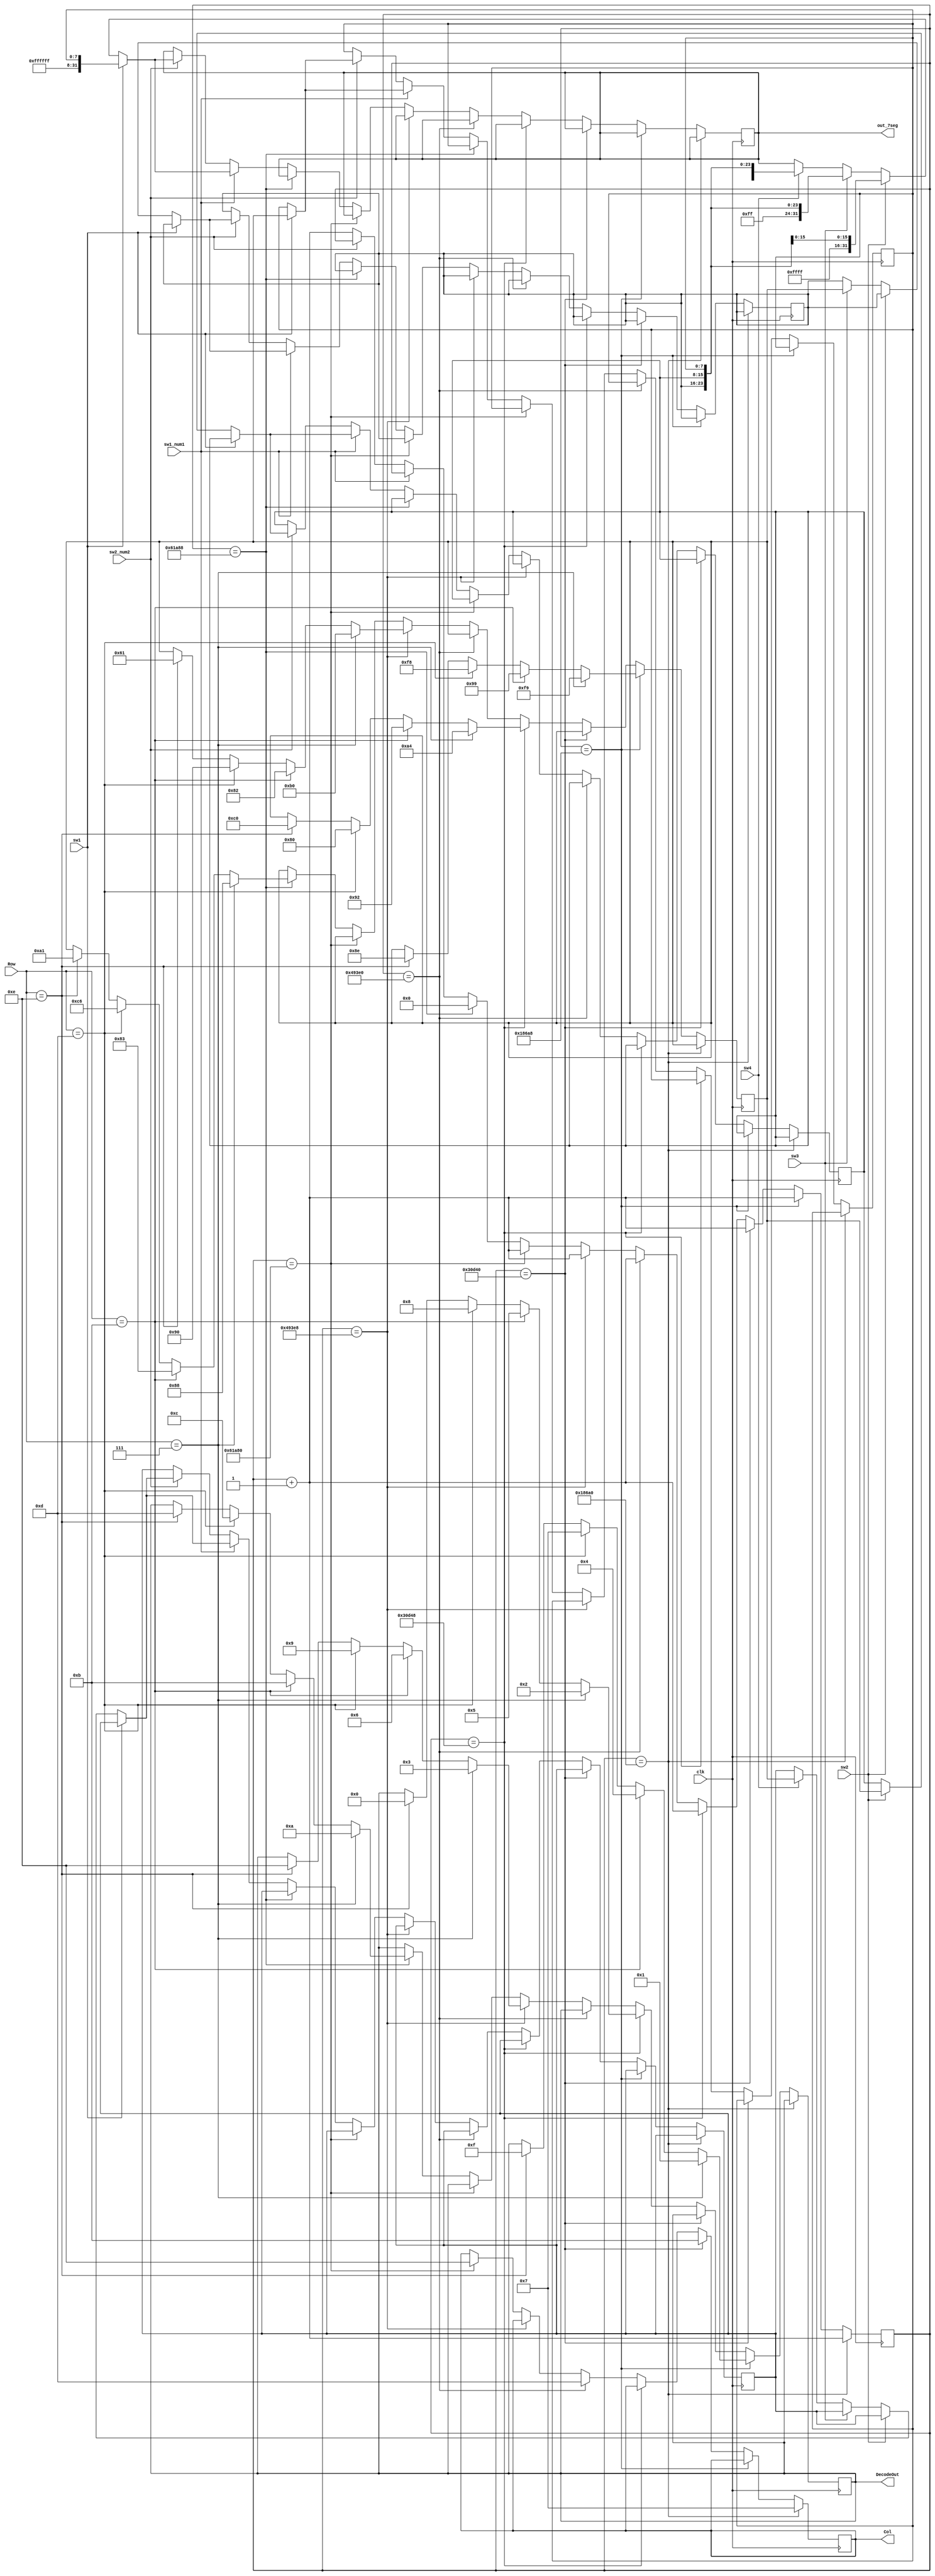
`timescale 1ns / 1ps

module keypad_if_else(
	 sw1_num1,		//main switch for 1st 4 no.s
	 sw2_num2,		//main switch for 2st 4 no.s
	 sw1,				//switch for 1st no.
	 sw2,				//switch for 2nd no.
	 sw3,				//switch for 3rd no.
	 sw4,				//switch for 4th no.
    clk,
    Row,
    Col,
    DecodeOut,
	 out_7seg
    );

   input clk;						// 100MHz onboard clock
   input [3:0] Row;				// Rows on KYPD
   output reg [3:0] Col;			// Columns on KYPD
   output reg [3:0] DecodeOut;	// Output data
	reg [7:0]out_7seg1;
	output reg [31:0] out_7seg;

	reg [19:0] sclk;				// Count register
	
	input sw1;
	input sw2;
	input sw3;
	input sw4;
	input sw1_num1;
	input sw2_num2;
	
	reg [7:0] temp1;
	reg [7:0] temp2;
	reg [7:0] temp3;
	reg [7:0] temp4;
	reg [15:0] num1;	// register for storing 1st, 4 hex no.s
	reg [15:0] num2;	// register for storing 2nd, 4 hex no.s
	reg [3:0] temp1_DecodeOut;	//register for temporary storage of 1st, 4 bit binary no.
	reg [3:0] temp2_DecodeOut;	//register for temporary storage of 2nd, 4 bit binary no.
	reg [3:0] temp3_DecodeOut;	//register for temporary storage of 3rd, 4 bit binary no.
	reg [3:0] temp4_DecodeOut;	//register for temporary storage of 4th, 4 bit binary no.
	

	always @(posedge clk) 
	begin

			
		if (sclk == 20'b00011000011010100000) 	// 1ms
			begin	
				Col <= 4'b0111;				//C1
				sclk <= sclk + 1'b1;
			end
			
			
		else if(sclk == 20'b00011000011010101000) 	// check row pins
			begin
				if (Row == 4'b0111) 				//R1
				begin
					DecodeOut <= 4'b0001;		//1
					out_7seg1 <= ~(8'b00000110);
				end
				
				else if(Row == 4'b1011) 		//R2
					begin
						DecodeOut <= 4'b0100; 	//4
						out_7seg1 <= ~(8'b01100110);
					end
				
				else if(Row == 4'b1101) 		//R3
					begin
						DecodeOut <= 4'b0111; 	//7
						out_7seg1 <= ~(8'b00000111);		
					end
				
				else if(Row == 4'b1110)			//R4
					begin
						DecodeOut <= 4'b1111; 	//f    		 
						out_7seg1 <= ~(8'b01110001);	
					end
					
				sclk <= sclk + 1'b1;
			end

		
		else if(sclk == 20'b00110000110101000000) 	// 2ms
		begin
			Col<= 4'b1011;		//C2
			sclk <= sclk + 1'b1;
		end
			
			
			else if(sclk == 20'b00110000110101001000) 		// check row pins
			begin
				
				if (Row == 4'b0111) 				//R1
				begin
					DecodeOut <= 4'b0010; 		//2
					out_7seg1 <= ~(8'b1011011);
				end
				
				else if(Row == 4'b1011) 		//R2
				begin
					DecodeOut <= 4'b0101; 		//5
					out_7seg1 <= ~(8'b01101101);
				end
				
				else if(Row == 4'b1101) 		//R3
				begin
					DecodeOut <= 4'b1000; 		//8
					out_7seg1 <= ~(8'b01111111);
				end
				
				else if(Row == 4'b1110) 		//R4
				begin
					DecodeOut <= 4'b0000; 		//0	
					out_7seg1 <= ~(8'b00111111);
				end
				sclk <= sclk + 1'b1;
			end

			
		else if(sclk == 20'b01001001001111100000) 	//3ms
		begin
			Col<= 4'b1101;						//C3
			sclk <= sclk + 1'b1;
		end
			
			else if(sclk == 20'b01001001001111101000) 	// check row pins
			begin
				if(Row == 4'b0111) 				//R1
				begin
					DecodeOut <= 4'b0011; 		//3	
					out_7seg1 <= ~(8'b01001111);
				end
				
				else if(Row == 4'b1011) 		//R2
				begin
					DecodeOut <= 4'b0110; 		//6
					out_7seg1 <= ~(8'b01111101);
				end
				
				else if(Row == 4'b1101) 		//R3
				begin
					DecodeOut <= 4'b1001; 		//9
					out_7seg1 <= ~(8'b01101111);
				end
				
				else if(Row == 4'b1110)			//R4
				begin
					DecodeOut <= 4'b1110; 		//E
					out_7seg1 <= ~(8'b10011110);
				end

				sclk <= sclk + 1'b1;
			end

			
		else if(sclk == 20'b01100001101010000000) 	//4ms
		begin
			Col<= 4'b1110;						//C4
			sclk <= sclk + 1'b1;
		end

			
			else if(sclk == 20'b01100001101010001000) 	// Check row pins
			begin
				
				if(Row == 4'b0111) 				//R1
				begin
					DecodeOut <= 4'b1010; 		//A
					out_7seg1 <= ~(8'b01110111);
				end
				
				else if(Row == 4'b1011) 		//R2
				begin
					DecodeOut <= 4'b1011; 		//B
					out_7seg1 <= ~(8'b01111100);
				end
				
				else if(Row == 4'b1101) 		//R3
				begin
					DecodeOut <= 4'b1100; 		//C
					out_7seg1 <= ~(8'b00111001);
				end
				
				else if(Row == 4'b1110)			//R4
				begin
					DecodeOut <= 4'b1101; 		//D
					out_7seg1 <= ~(8'b01011110);
				end
				sclk <= 20'b00000000000000000000;
			end
			
			else if(sw1_num1 == 1'b1)		//press switch sw8 on board
			begin
			   if(sw1 == 1'b1)				//press switch sw0 on board
					begin
						temp1 <= out_7seg1;
						out_7seg <= {8'b11111111, 8'b11111111, 8'b11111111, temp1};
						temp1_DecodeOut <= DecodeOut;	
					end
					
				else if(sw2 == 1'b1)			//press switch sw1 on board
					begin
						temp2 <= out_7seg1;
						out_7seg <= {8'b11111111, 8'b11111111, temp2, temp1};
						temp2_DecodeOut <= DecodeOut;
					end
					
				else if(sw3 == 1'b1)		//press switch sw2 on board
					begin
						temp3 <= out_7seg1;
						out_7seg <= {8'b11111111, temp3, temp2, temp1};
						temp3_DecodeOut <= DecodeOut;
					end
					
				else if(sw4 == 1'b1)		//press switch sw3 on board
					begin
						temp4 <= out_7seg1;
						out_7seg <= {temp4, temp3, temp2, temp1};
						temp4_DecodeOut <= DecodeOut;
						num1 <= {temp4_DecodeOut, temp3_DecodeOut, temp2_DecodeOut, temp1_DecodeOut};		//storing 4 bit binary
						//out_7seg <= ~{temp4_DecodeOut, temp3_DecodeOut, temp2_DecodeOut, temp1_DecodeOut};
					end
					
				end
				
			else if(sw2_num2 == 1'b1)	//press switch sw9 on board
			begin
			
			   if(sw1 == 1'b1)
					begin
						temp1 <= out_7seg1;
						out_7seg <= {8'b11111111, 8'b11111111, 8'b11111111, temp1};
						temp1_DecodeOut <= DecodeOut;
					end
					
				else if(sw2 == 1'b1)
					begin
						temp2 <= out_7seg1;
						out_7seg <= {8'b11111111, 8'b11111111, temp2, temp1};
						temp2_DecodeOut <= DecodeOut;
					end
					
				else if(sw3 == 1'b1)
					begin
						temp3 <= out_7seg1;
						out_7seg <= {8'b11111111, temp3, temp2, temp1};
						temp3_DecodeOut <= DecodeOut;
					end
					
				else if(sw4 == 1'b1)
					begin
						temp4 <= out_7seg1;
						out_7seg <= {temp4, temp3, temp2, temp1};
						temp4_DecodeOut <= DecodeOut;
						
						num2 <= {temp4_DecodeOut, temp3_DecodeOut, temp2_DecodeOut, temp1_DecodeOut};
						
						//out_7seg <= ~{temp4_DecodeOut, temp3_DecodeOut, temp2_DecodeOut, temp1_DecodeOut};
					end
					
				end
				
			else begin		// Otherwise increment
				sclk <= sclk + 1'b1;
			end			
	end
endmodule